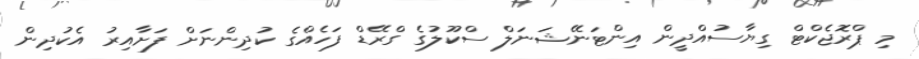
މި ޕްރޮޖެކްޓް ގިޔާސުއްދީން އިންޓަނޭޝަނަލް ސްކޫލުގެ ގްރޭޑް ފަހެއްގެ ކުދިންނަށް ފަށާއިރު އެކުދިން